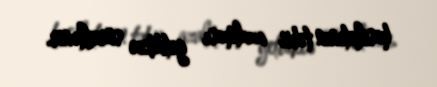
hasilatının təbii azalması getdikcə sürətlənir.